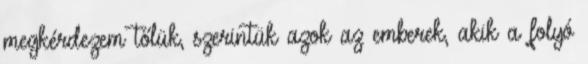
megkérdezem tőlük, szerintük azok az emberek, akik a folyó